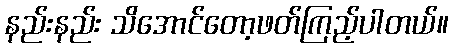
နည်းနည်း သိအောင်တော့ဖတ်ကြည့်ပါတယ်။